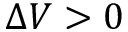
\Delta V > 0